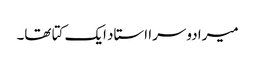
میرا دوسرا استاد ایک کتا تھا۔